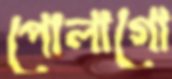
পোলাগো